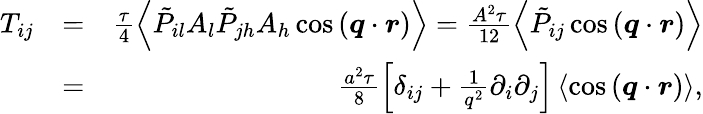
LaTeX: \begin{array}{rlr}{T_{ij}}&{=}&{\frac{\tau}{4}\left\langle\tilde{P}_{il}A_{l}\tilde{P}_{jh}A_{h}\cos{(\boldsymbol{q}\cdot\boldsymbol{r})}\right\rangle=\frac{A^{2}\tau}{12}\left\langle\tilde{P}_{ij}\cos{(\boldsymbol{q}\cdot\boldsymbol{r})}\right\rangle}\\ &{=}&{\frac{a^{2}\tau}{8}\left[\delta_{ij}+\frac{1}{q^{2}}\partial_{i}\partial_{j}\right]\left\langle\cos{(\boldsymbol{q}\cdot\boldsymbol{r})}\right\rangle,}\end{array}